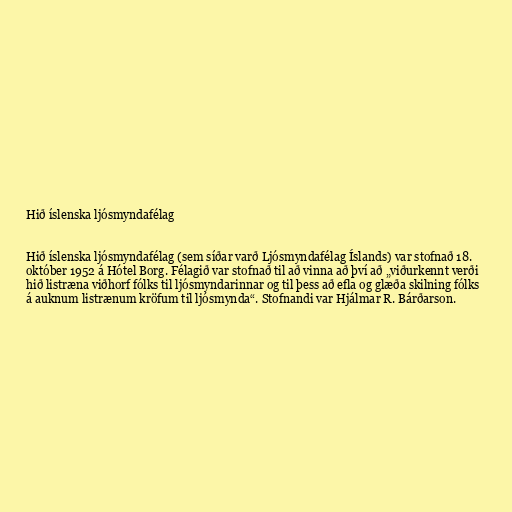
Hið íslenska ljósmyndafélag

Hið íslenska ljósmyndafélag (sem síðar varð Ljósmyndafélag Íslands) var stofnað 18.
október 1952 á Hótel Borg. Félagið var stofnað til að vinna að því að „viðurkennt verði
hið listræna viðhorf fólks til ljósmyndarinnar og til þess að efla og glæða skilning fólks
á auknum listrænum kröfum til ljósmynda“. Stofnandi var Hjálmar R. Bárðarson.